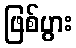
ဖြစ်ပွား